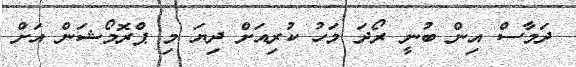
ދަމާސް އިން ބުނީ ރޯދަ މަހު ކުރިއަށް ދިޔަ މި ޕްރޮމޯޝަން އަށް